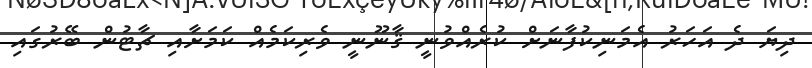
ދިޔަ ދެ އަހަރު އެމަނިކުފާނަށް ކުރެއްވުނީ ޤާނޫނީ ވެރިކަމެއް ކަމަށާއި ޗާޓުން ބޭރުގައި